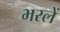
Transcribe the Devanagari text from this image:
भरलें